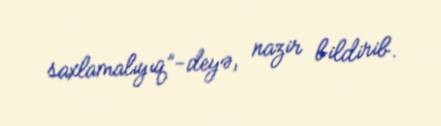
saxlamalıyıq”-deyə, nazir bildirib.